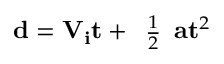
\mathbf { d } = \mathbf { V _ { i } } \mathbf { t } + { \begin{array} { l } { { \frac { 1 } { 2 } } } \end{array} } \mathbf { a } \mathbf { t } ^ { 2 }